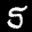
Label: 5